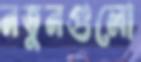
নতুনগুলো